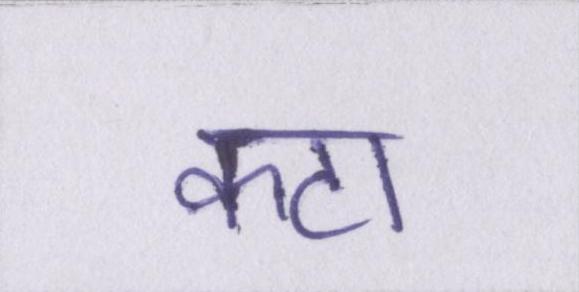
कटा